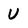
Character: U